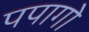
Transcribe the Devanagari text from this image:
पपागो